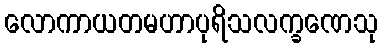
လောကာယတမဟာပုရိသလက္ခဏေသု